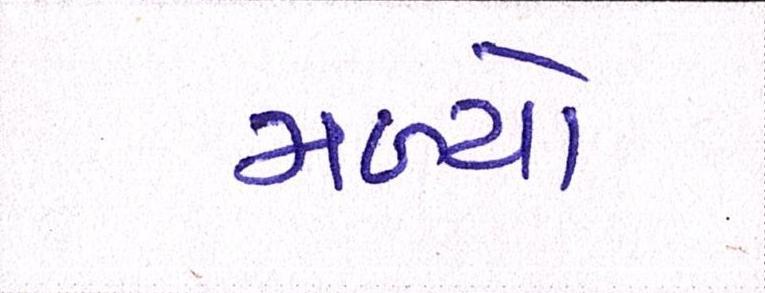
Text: મળ્યો